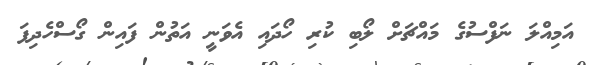
އަމިއްލަ ނަފްސުގެ މައްޗަށް ލޯބި ކުރި ހޯދައި އެވަނީ އަތުން ފައިން ގޯސްހެދިފަ